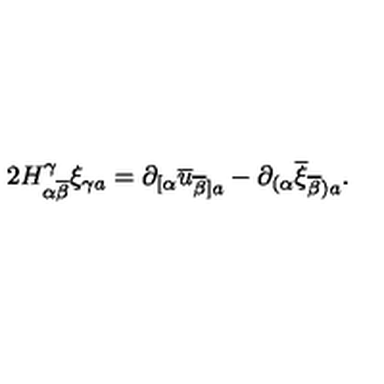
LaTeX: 2 H _ { \alpha \overline { { \beta } } } ^ { \gamma } \xi _ { \gamma a } = \partial _ { [ \alpha } \overline { { u } } _ { \overline { { \beta } } ] a } - \partial _ { ( \alpha } \overline { { \xi } } _ { \overline { { \beta } } ) a } .